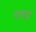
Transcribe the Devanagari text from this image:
याकुई